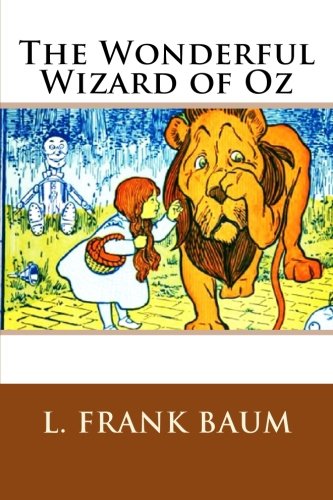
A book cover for The Wonderful Wizard of Oz; L. Frank Baum; Literature & Fiction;